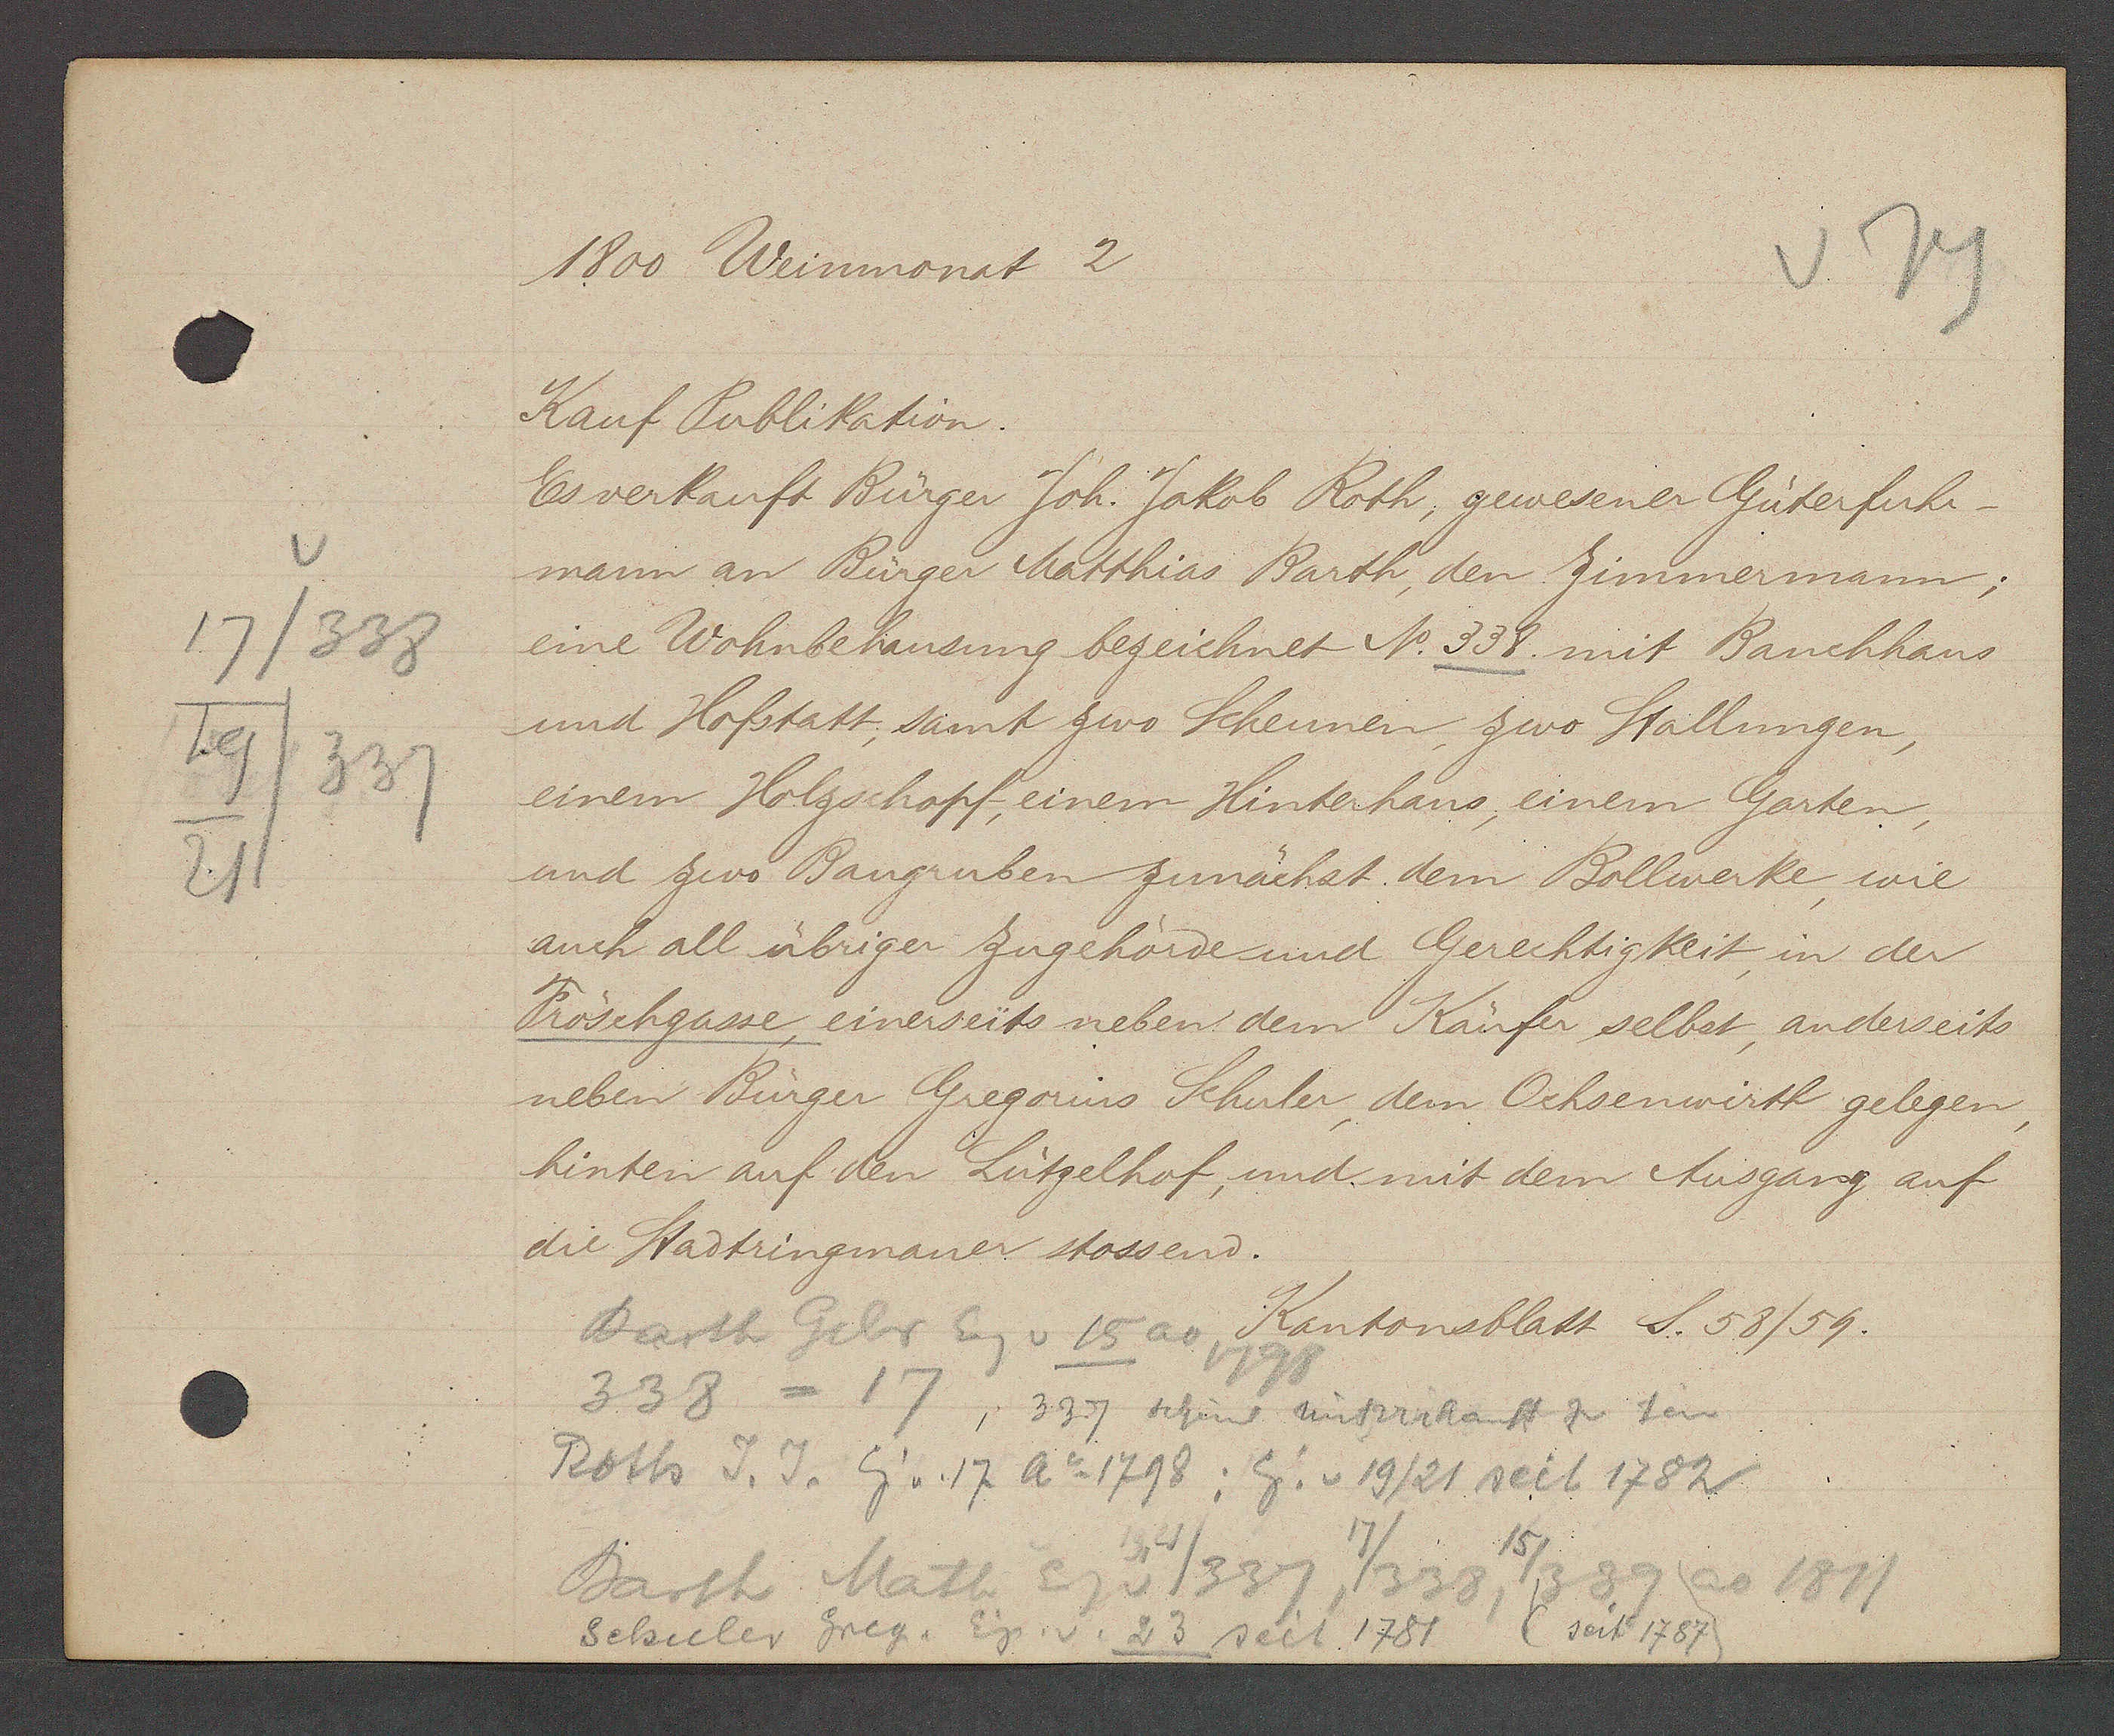
Transcript:
17/338
19
337
21

1800 Weinmonat 2

Kauf Publikation.
Es verkauft Bürger Joh. Jakob Roth, gewesener Güterfuhr-
mann an Bürger Matthias Barth, den Zimmermann;
eine Wohnbehausung bezeichnet N. 338. mit Bauchhaus
und Hofstatt, samt zwo Scheunen, zwo Stallungen,
einem Holzschopf, einem Hinterhaus, einem Garten,
und zur Bauguben zunächst dem Bollwerke, wie
auch all übriger Zugehörde und Gerechtigkeit, in der
Fröschgasse, einerseits neben dem Käufer selbst, anderseits
neben Bürger Gregorins Schuler dem Ochsenwirth gelegen,
hinten auf den Lützelhof und mit dem Ausgang auf
die Stadtringmauer stossend.

Barth Gelr Eig v 15 ao
1798
338 = 17, 337 scheint mitverkauft zu sein
Roth J. J. Eig v. 17 Ao 1798: Eig. v 19/21 seit 1782
15/
ao 1811
Barth Math Eg v 1337,
338, 339
Schuler Greg. Eig. v. 23 seit 1781 seit (1787)

Kantonsblatt S. 58/59.